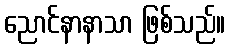
ညောင်နာနာသာ ဖြစ်သည်။